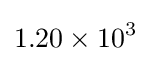
1.20\times 10^{3}